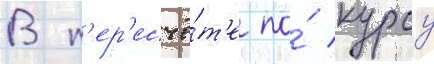
В п'ер'есчё́т'е по́ курсу